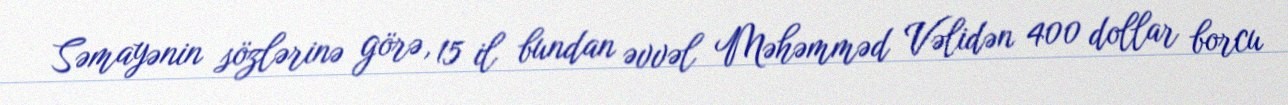
Səmayənin sözlərinə görə, 15 il bundan əvvəl Məhəmməd Vəlidən 400 dollar borcu